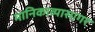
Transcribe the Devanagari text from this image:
मानिकाव्यासागर